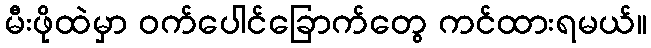
မီးဖိုထဲမှာ ဝက်ပေါင်ခြောက်တွေ ကင်ထားရမယ်။